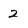
Character: 2